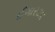
ઈગારઝા